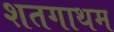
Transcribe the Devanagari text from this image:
शतगाथम